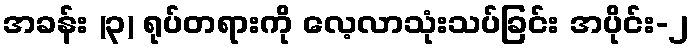
အခန်း (၃) ရုပ်တရားကို လေ့လာသုံးသပ်ခြင်း အပိုင်း-၂